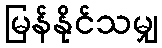
မြန်နိုင်သမျှ